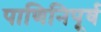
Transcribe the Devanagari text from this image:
पाणिनिपूर्व